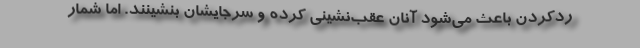
ردکردن باعث می‌شود آنان عقب‌نشینی کرده و سرجایشان بنشینند. اما شمار